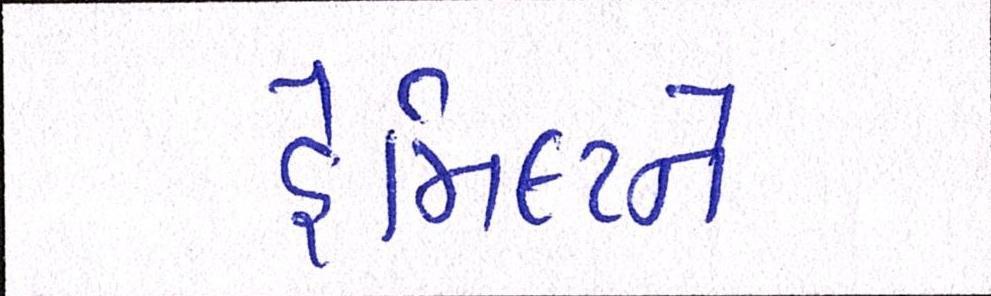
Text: હેમિલ્ટને